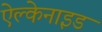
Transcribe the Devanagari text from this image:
ऐल्केनाइड